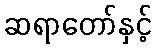
ဆရာတော်နှင့်